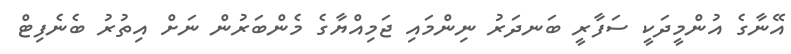
އޭނާގެ އުންމީދަކީ ސަފާރީ ބަނދަރު ނިންމައި ޖަމިއްޔާގެ މެންބަރުން ނަށް އިތުރު ބެނެފިޓް